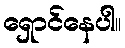
ရှောင်နေပါ။